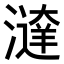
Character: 𣿔